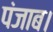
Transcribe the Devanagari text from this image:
पंजाब।